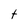
Character: t